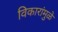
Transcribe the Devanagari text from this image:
विकारांमुळे